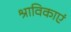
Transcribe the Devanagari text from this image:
श्राविकाएं